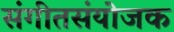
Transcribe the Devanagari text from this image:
संगीतसंयोजक